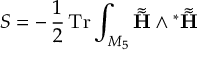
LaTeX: S = - \, \frac { 1 } { 2 } \, \mathrm { T r } \int _ { M _ { 5 } } \tilde { \tilde { \bf H } } \wedge { ^ \ast \tilde { \tilde { \bf H } } }